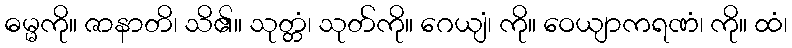
ဓမ္မကို။ ဇာနာတိ၊ သိ၏။ သုတ္တံ၊ သုတ်ကို။ ဂေယျံ၊ ကို။ ဝေယျာကရဏံ၊ ကို။ ထံ၊